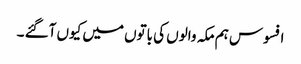
افسوس ہم مکہ والوں کی باتوں میں کیوں آگئے ۔